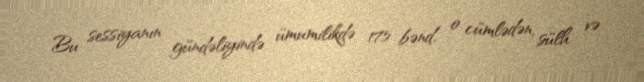
Bu sessiyanın gündəliyində ümumilikdə 175 bənd, o cümlədən, sülh və